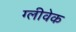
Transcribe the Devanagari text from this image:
ग्लीवेक